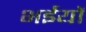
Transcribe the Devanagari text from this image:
भईयों